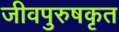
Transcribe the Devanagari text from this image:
जीवपुरुषकृत